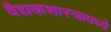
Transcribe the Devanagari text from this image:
वैद्यकशास्त्रामध्ये